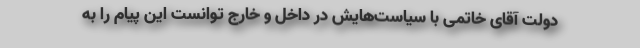
دولت آقای خاتمی با سیاست‌هایش در داخل و خارج توانست این پیام را به